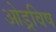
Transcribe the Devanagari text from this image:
ओड्रविष